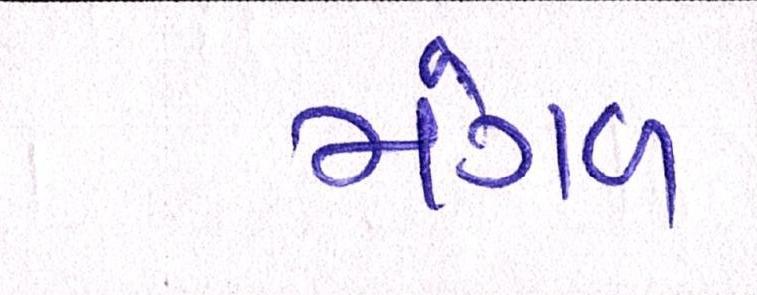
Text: મંગળ